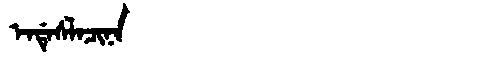
Manchu: ᡝᠨᡩᡝᠰᠯᠠᠴᡳᠨᠠ
Romanization: ENDESLACINA